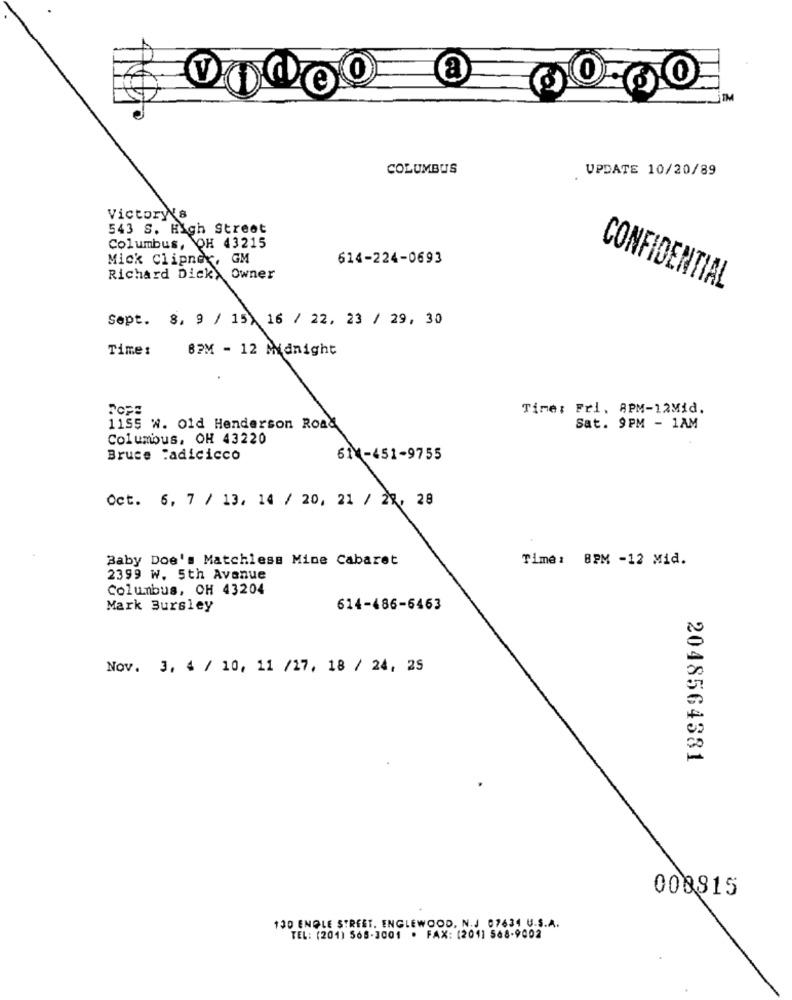
a
0-60
IM
COLUMBUS
UPDATE 10/20/89
Victory s
543 S. High Street
Columbus, OH 43215
Mick Clipner, GM
614-224-0693
Richard Dick, Owner
CONFIDENTIAL
Sept. 8, 9 / 15) 16 / 22, 23 / 29, 30
Time:
87M - 12 Midnight
Time: Fri, 8PM-12Mid.
1155 W. Old Henderson Road
Sat. 9PM - 1AM
Columbus, OH 43220
Bruce :adicicco
61 -451-9755
Oct. 6, 7 / 13, 14 / 20, 21 / 27, 28
Baby Doe's Matchless Mine Cabaret
Time: 8PM -12 Mid.
2399 W. 5th Avenue
Columbus, OH 43204
Mark Bursley
614-486-6463
Nov. 3, 4 / 10, 11 /17, 18 / 24, 25
2048564381
008815
130 ENDLE STREET. ENGLEWOOD, N.J 07634 U.S.A.
TEL: (201) 568-3001 · FAX: (2011 568-9002